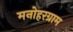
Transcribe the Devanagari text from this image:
मनोहरग्राम